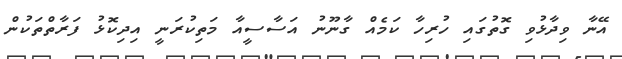
އޭނާ ވިދާޅުވި ގޮތުގައި ހުރިހާ ކަމެއް ގާނޫނު އަސާސީއާ މަތިކުރަނީ އިދިކޮޅު ފަރާތްތަކުން